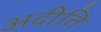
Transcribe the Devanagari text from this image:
अदीति